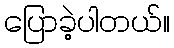
ပြောခဲ့ပါတယ်။